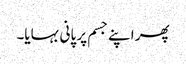
پھر اپنے جسم پر پانی بہایا۔